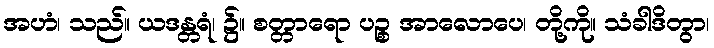
အဟံ၊ သည်။ ယဒန္တရံ၊ ၌။ စတ္တာရော ပဉ္စ အာလောပေ၊ တို့ကို။ သံခါဒိတွာ၊